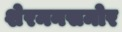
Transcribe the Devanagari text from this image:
शेरमनसमोर